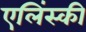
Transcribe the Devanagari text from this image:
एलिंस्की